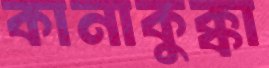
কানাকুক্কা